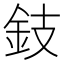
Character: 鈘